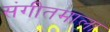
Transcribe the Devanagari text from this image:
संगीतमाला